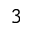
3